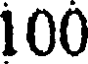
100